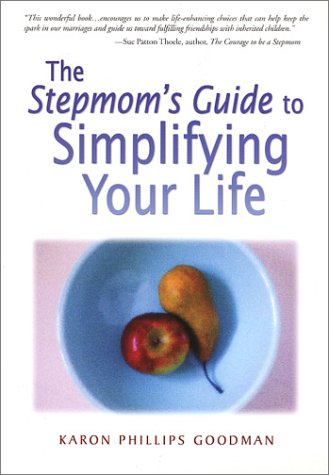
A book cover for The Stepmom's Guide to Simplifying Your LIfe; Karon Phillips Goodman; Parenting & Relationships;